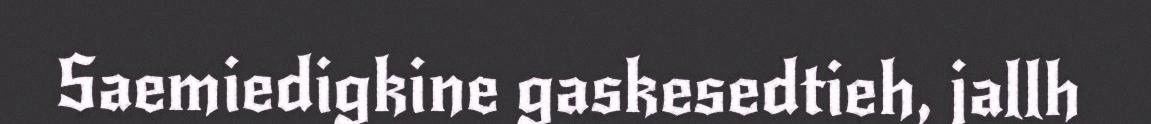
Saemiedigkine gaskesedtieh, jallh